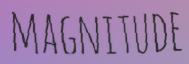
MAGNITUDE